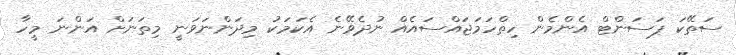
ސަތޭކަ ޕަސަންޓް އެންމެން ހިތްހަމަޖައްސައެއް ނުދެވޭނެ އެކަމަކު މިދަންނަވަނީ މިތަނަށް އަންނަ މީހާ